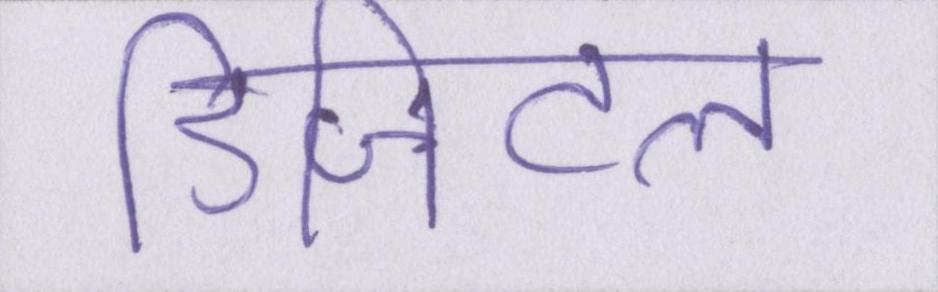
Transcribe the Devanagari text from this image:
डिजिटल